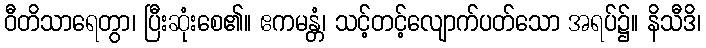
ဝီတိသာရေတွာ၊ ပြီးဆုံးစေ၏။ ဧကမန္တံ၊ သင့်တင့်လျောက်ပတ်သော အရပ်၌။ နိသီဒိ၊